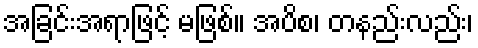
အခြင်းအရာဖြင့် မဖြစ်။ အပိစ၊ တနည်းလည်း၊